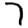
Digit: 7